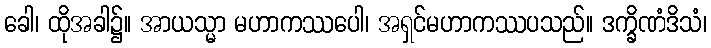
ခေါ၊ ထိုအခါ၌။ အာယသ္မာ မဟာကဿပေါ၊ အရှင်မဟာကဿပသည်။ ဒက္ခိဏံဒိသံ၊